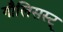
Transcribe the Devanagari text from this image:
गौलिसस्ट्